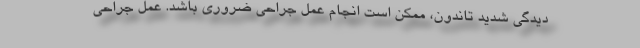
دیدگی شدید تاندون، ممکن است انجام عمل جراحی ضروری باشد. عمل جراحی